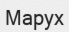
Марух